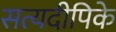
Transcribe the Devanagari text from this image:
सत्यदीपिके